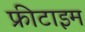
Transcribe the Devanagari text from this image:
फ्रीटाइम